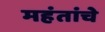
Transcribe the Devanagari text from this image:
महंतांचे